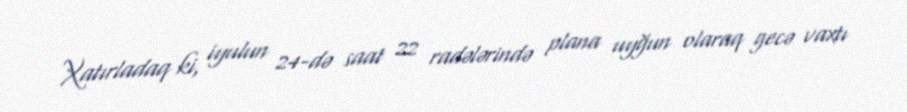
Xatırladaq ki, iyulun 24-də saat 22 radələrində plana uyğun olaraq gecə vaxtı